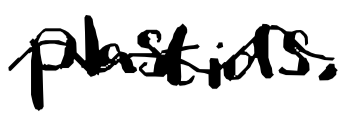
Text: plastids.
Cross-out: wave
Writing tool: digital_black